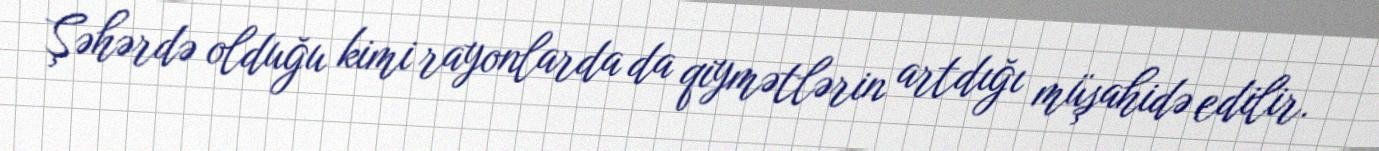
Şəhərdə olduğu kimi rayonlarda da qiymətlərin artdığı müşahidə edilir.